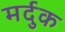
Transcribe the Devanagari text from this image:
मर्दुक